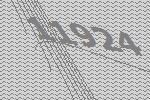
11924